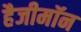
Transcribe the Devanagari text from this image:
हैजीमॉन